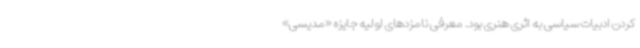
کردن ادبیات سیاسی به اثری هنری بود. معرفی نامزدهای اولیه جایزه «مدیسی»